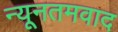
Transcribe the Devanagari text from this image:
न्यूनतमवाद